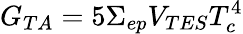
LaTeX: G_{TA}=5\Sigma_{ep}V_{TES}T_{c}^{4}